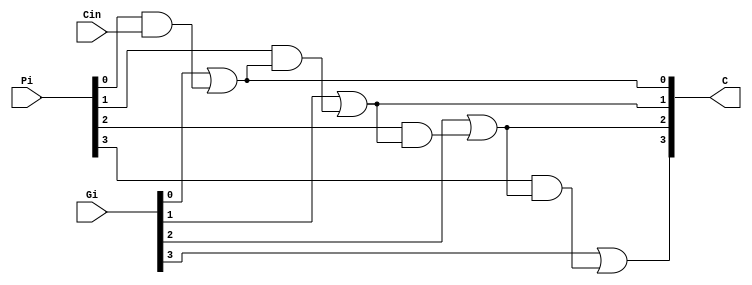

module cla_block ( Pi, Gi, Cin, C);
    input [3:0] Pi;
    input [3:0] Gi;
    input Cin;

    output [4:1] C;

    wire [3:0] PaC;

    //Generating carry C1  :: C1 = G0 + P0Cin
    and AD0 (PaC[0], Pi[0], Cin);
    or  OR0 (C[1], Gi[0], PaC[0]);

    //Generating carry C2  :: C2 = G1 + P1C1
    and AD1  (PaC[1], Pi[1], C[1]);
    or  OR1 (C[2], Gi[1], PaC[1]);
    
    //Generating carry C3  :: C3 = G2 + P2C2
    and AD2 (PaC[2], Pi[2], C[2]);
    or  OR2 (C[3], Gi[2], PaC[2]);

    //Generating carry C4   :: C4 = G3 + P3C3
    and AD3 (PaC[3], Pi[3], C[3]);
    or  OR3 (C[4], Gi[3], PaC[3]);

endmodule